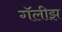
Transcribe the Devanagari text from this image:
गॅलीझ